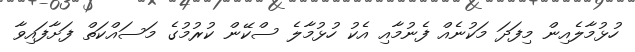
ހުޅުމާލެއިން މިފަދަ މަކުނެއް ފެނުމާއި އެކު ހުޅުމާލެ ސްކޭން ކުރުމުގެ މަސައްކަތް ފަށާފައިވާ